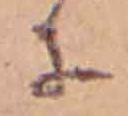
に